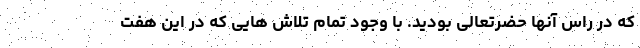
که در راس آنها حضرتعالی بودید. با وجود تمام تلاش هایی که در این هفت